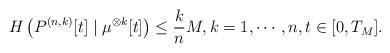
LaTeX: \begin{align*} H\left(P^{(n,k)}[t]\mid\mu^{\otimes k}[t]\right)\leq \frac{k}{n}M, k=1,\cdots,n,t\in[0,T_M].\end{align*}